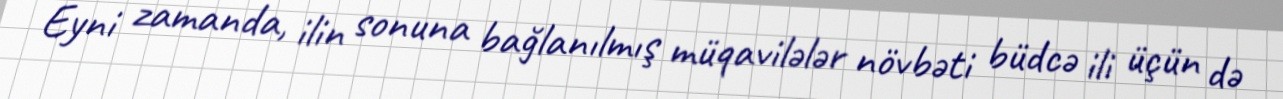
Eyni zamanda, ilin sonuna bağlanılmış müqavilələr növbəti büdcə ili üçün də